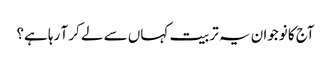
آج کا نوجوان یہ تربیت کہاں سے لے کر آ رہا ہے؟